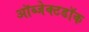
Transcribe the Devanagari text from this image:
ऑब्जेक्टडॉक